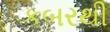
કબરથી